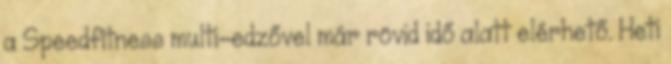
a Speedfitness multi-edzővel már rövid idő alatt elérhető. Heti